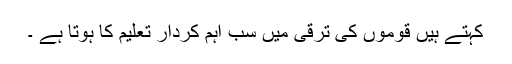
کہتے ہیں قوموں کی ترقی میں سب اہم کردار تعلیم کا ہوتا ہے ۔